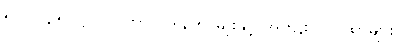
၅-ပါ-၃၅၊ ဋ္ဌ-၂၁၊ ကာလဒါန ၅-မျိုးနှင့် အကျိုးပြ ဂါထာများ။